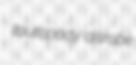
tautopody disrobe